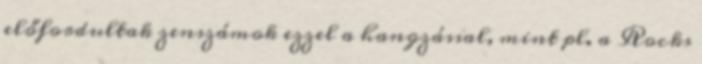
előfordultak zenszámok ezzel a hangzással, mint pl. a Rocks